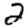
Digit: 2